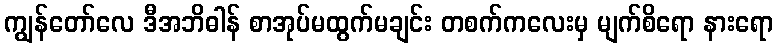
ကျွန်တော်လေ ဒီအဘိဓါန် စာအုပ်မထွက်မချင်း တစက်ကလေးမှ မျက်စိရော နားရော